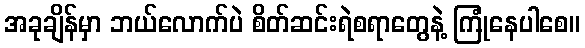
အခုချိန်မှာ ဘယ်လောက်ပဲ စိတ်ဆင်းရဲစရာတွေနဲ့ ကြုံနေပါစေ။